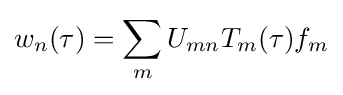
w_{n}(\tau )=\sum _{m}U_{mn}T_{m}(\tau )f_{m}